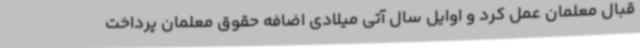
قبال معلمان عمل کرد و اوایل سال آتی میلادی اضافه حقوق معلمان پرداخت